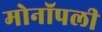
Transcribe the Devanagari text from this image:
मोनॉपली